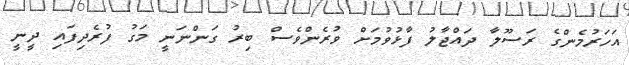
އަހަރުމެންގެ ރަސޫލާ ދައްޖާލު ފާޅުވުމަށް ވުރެންވެސް ބިރު ގަންނަނީ މަގު ފުރެދިފައި ދީނީ